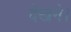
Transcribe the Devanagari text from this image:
देखने।